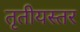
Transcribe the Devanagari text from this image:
तृतीयस्तर